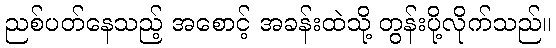
ညစ်ပတ်နေသည့် အစောင့် အခန်းထဲသို့ တွန်းပို့လိုက်သည်။